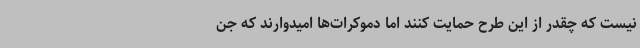
نیست که چقدر از این طرح حمایت کنند اما دموکرات‌ها امیدوارند که جن